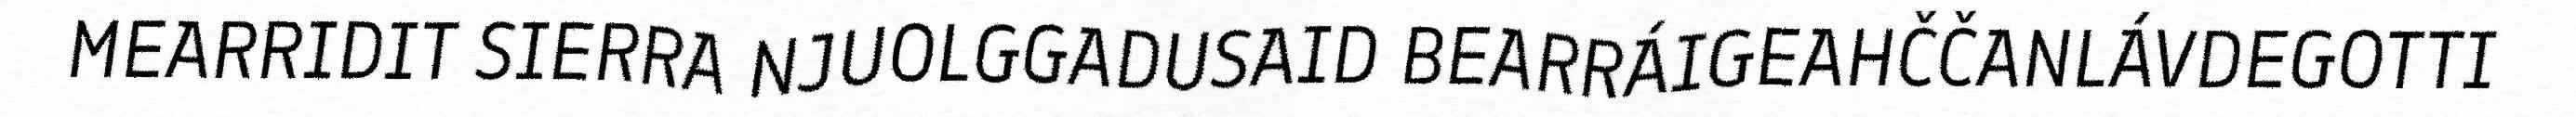
MEARRIDIT SIERRA NJUOLGGADUSAID BEARRÁIGEAHČČANLÁVDEGOTTI